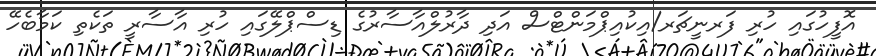
އޮފީހުގައި ހުރި ފަރނީޗަރ/އިކުއިޕްމަންޓްސް އަދި ދާރުލްއާސާރުގެ ޑިސްޕްލޭގައި ހުރި އާސާރީ ތަކެތި ކަމާބެހޭ